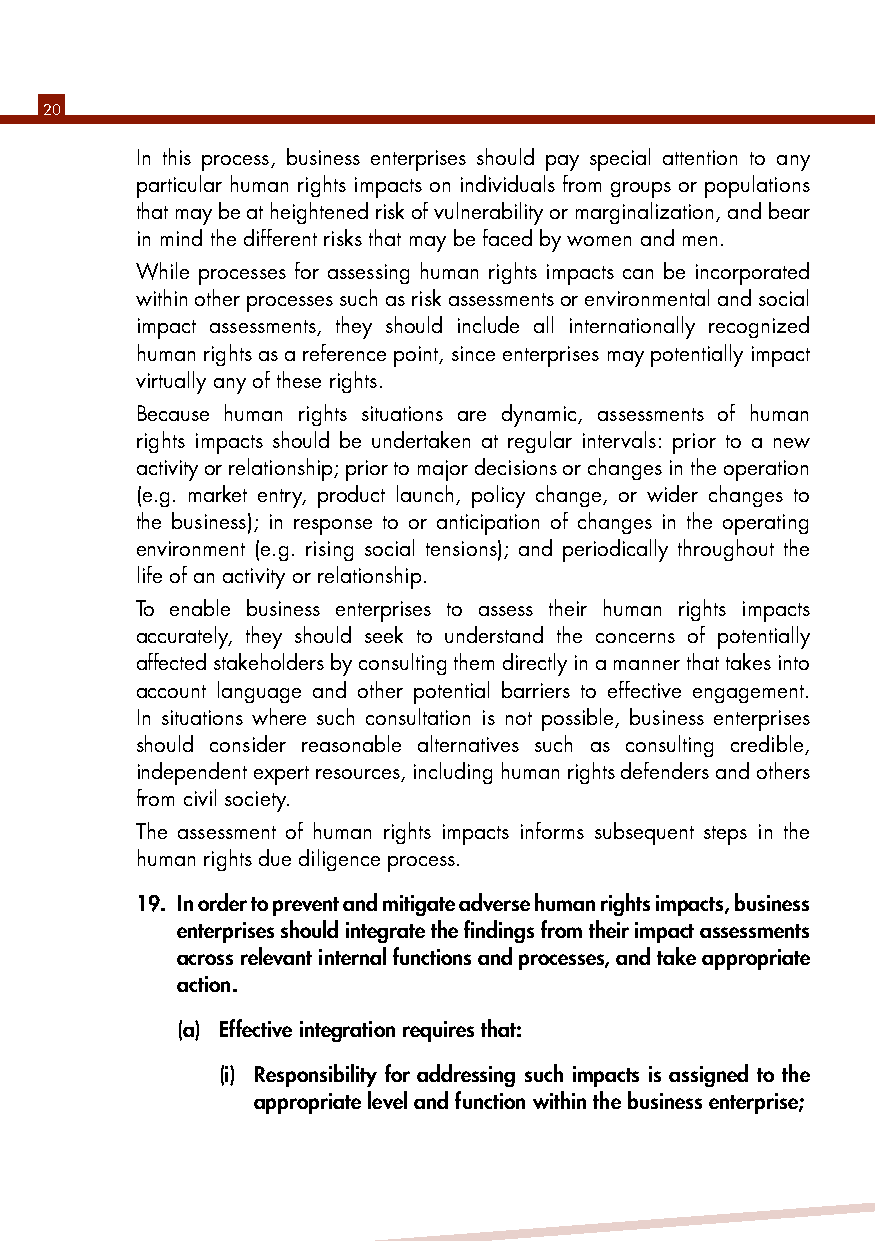
20
 In this process, business enterprises should pay special attention to any
 particular human rights impacts on individuals from groups or populations
 that may be at heightened risk of vulnerability or marginalization, and bear
 in mind the different risks that may be faced by women and men.
 While processes for assessing human rights impacts can be incorporated
 within other processes such as risk assessments or environmental and social
 impact assessments, they should include all internationally recognized
 human rights as a reference point, since enterprises may potentially impact
 virtually any of these rights.
 Because human rights situations are dynamic, assessments of human
 rights impacts should be undertaken at regular intervals: prior to a new
 activity or relationship; prior to major decisions or changes in the operation
 (e.g. market entry, product launch, policy change, or wider changes to
 the business); in response to or anticipation of changes in the operating
 environment (e.g. rising social tensions); and periodically throughout the
 life of an activity or relationship.
 To enable business enterprises to assess their human rights impacts
 accurately, they should seek to understand the concerns of potentially
 affected stakeholders by consulting them directly in a manner that takes into
 account language and other potential barriers to effective engagement.
 In situations where such consultation is not possible, business enterprises
 should consider reasonable alternatives such as consulting credible,
 independent expert resources, including human rights defenders and others
 from civil society.
 The assessment of human rights impacts informs subsequent steps in the
 human rights due diligence process.
 19. In order to prevent and mitigate adverse human rights impacts, business
 enterprises should integrate the findings from their impact assessments
 across relevant internal functions and processes, and take appropriate
 action.
 (a) Effective integration requires that:
 (i) Responsibility for addressing such impacts is assigned to the
 appropriate level and function within the business enterprise;